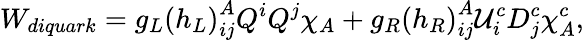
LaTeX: W_{diquark}=g_{L}\left(h_{L}\right)_{ij}^{A}Q^{i}Q^{j}\chi_{A}+g_{R}\left(h_{R}\right)_{ij}^{A}\mathcal{U}_{i}^{c}D_{j}^{c}\chi_{A}^{c},